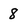
Character: 8